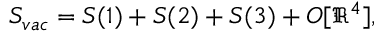
S _ { v a c } = S ( 1 ) + S ( 2 ) + S ( 3 ) + O [ \Re ^ { 4 } ] ,